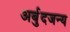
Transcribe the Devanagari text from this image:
अर्बुदजन्य